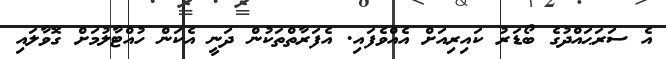
އެ ސަރަޙައްދުގެ ބޯޑަރު ކައިރިއަށް އެއްވެފައި. އެފަރާތްތަކުން ދަނީ އެކަން ހުއްޓާލުމަށް ގޮވާލައި